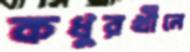
কধুরখীলে